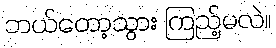
ဘယ်တော့သွား ကြည့်မလဲ။